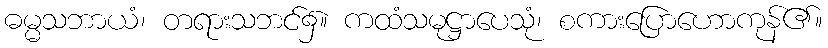
ဓမ္မသဘာယံ၊ တရားသဘင်၌။ ကထံသမုဋ္ဌာပေသုံ၊ စကားပြောဟောကုန်၏။